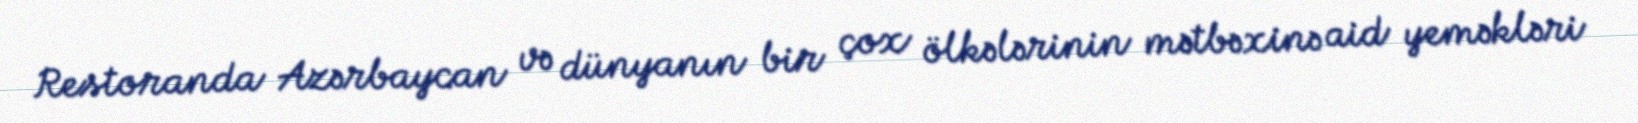
Restoranda Azərbaycan və dünyanın bir çox ölkələrinin mətbəxinə aid yeməkləri